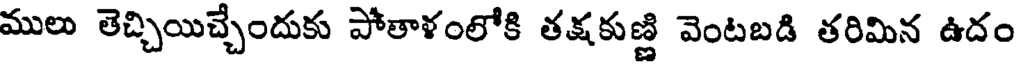
ములు తెచ్చియిచ్చేందుకు పోతాళంలోకి తక్షకుణ్ణి వెంటబడి తరిమిన ఉదం